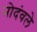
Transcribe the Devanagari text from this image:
नोदंवले